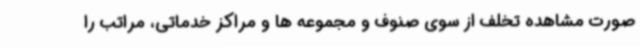
صورت مشاهده تخلف از سوی صنوف و مجموعه ها و مراکز خدماتی، مراتب را